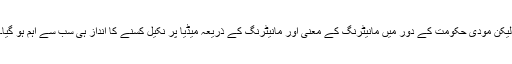
لیکن مودی حکومت کے دور میں مانیٹرنگ کے معنی اور مانیٹرنگ کے ذریعہ میڈیا پر نکیل کسنے کا انداز ہی سب سے اہم ہو گیا۔